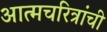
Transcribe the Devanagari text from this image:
आत्मचरित्रांची